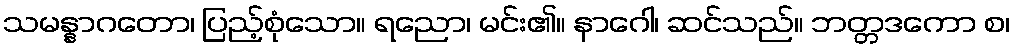
သမန္နာဂတော၊ ပြည့်စုံသော။ ရညော၊ မင်း၏။ နာဂေါ၊ ဆင်သည်။ ဘတ္တဒကော စ၊